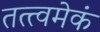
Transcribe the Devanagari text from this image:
तत्त्वमेकं